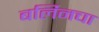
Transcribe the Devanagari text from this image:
बर्लिनचा